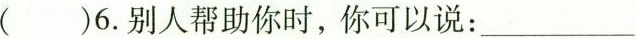
( )6.别人帮助你时,你可以说: ___